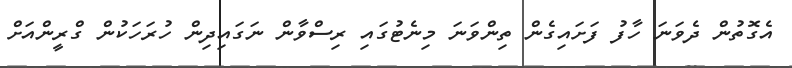
އެގޮތުން ދެވަނަ ހާފު ފަށައިގެން ތިންވަނަ މިނެޓުގައި ރިސްވާން ނަގައިދިން ހުރަހަކުން ގްރީންއަށް